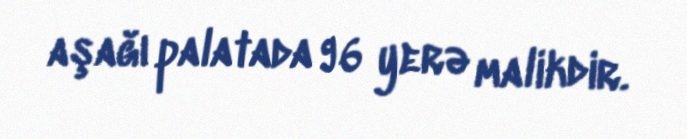
aşağı palatada 96 yerə malikdir.